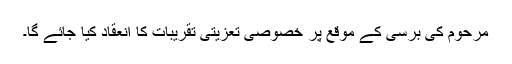
مرحوم کی برسی کے موقع پر خصوصی تعزیتی تقریبات کا انعقاد کیا جائے گا۔